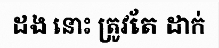
ដង នោះ ត្រូវតែ ដាក់